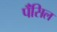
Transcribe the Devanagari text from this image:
पॅंसिल